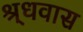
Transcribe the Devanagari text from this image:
श्र्धवास